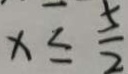
x \leq \frac { 5 } { 2 }